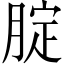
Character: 腚